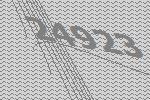
24923